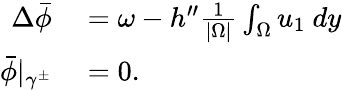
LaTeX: \begin{array}{rl}{\Delta\bar{\phi}}&{{}=\omega-h^{\prime\prime}\frac{1}{|\Omega|}\int_{\Omega}u_{1}\ dy}\\ {\bar{\phi}\vert_{\gamma^{\pm}}}&{{}=0.}\end{array}